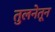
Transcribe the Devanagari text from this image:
तुलनेतून